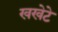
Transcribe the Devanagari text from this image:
खखेटे